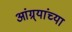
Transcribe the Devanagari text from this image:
आंग्र्यांच्या